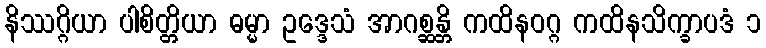
နိဿဂ္ဂိယာ ပါစိတ္တိယာ ဓမ္မာ ဥဒ္ဒေသံ အာဂစ္ဆန္တိ ကထိနဝဂ္ဂ ကထိနသိက္ခာပဒံ ၁